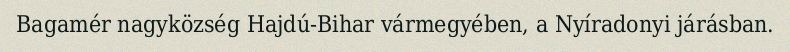
Bagamér nagyközség Hajdú-Bihar vármegyében, a Nyíradonyi járásban.